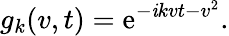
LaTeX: g_{k}(v,t)=\mathrm{e}^{-\mathit{i}kvt-v^{2}}.